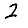
Digit: 2